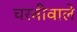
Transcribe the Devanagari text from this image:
चरबीवाले